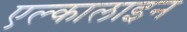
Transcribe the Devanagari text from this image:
एल्कालाइन